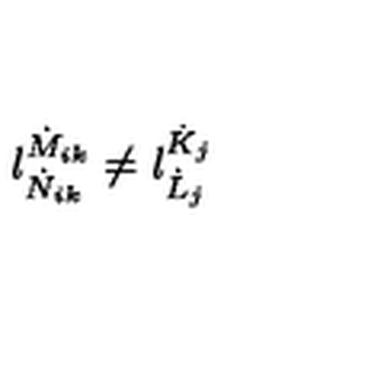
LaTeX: l _ { \dot { N } _ { i k } } ^ { \dot { M } _ { i k } } \neq l _ { \dot { L } _ { j } } ^ { \dot { K } _ { j } }